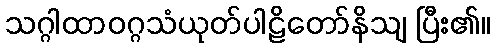
သဂ္ဂါထာဝဂ္ဂသံယုတ်ပါဠိတော်နိသျ ပြီး၏။